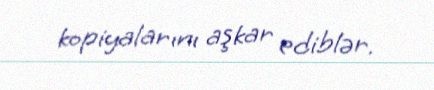
kopiyalarını aşkar ediblər.